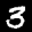
Label: 3